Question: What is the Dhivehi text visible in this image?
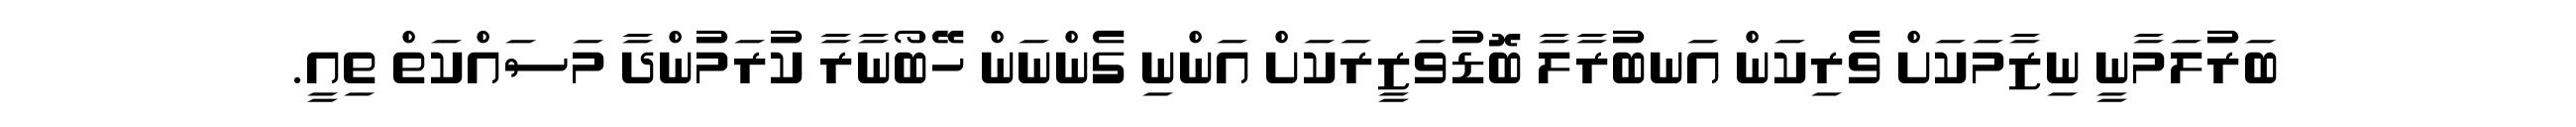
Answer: ބަރުލަމާނީ ނިޒާމަކަށް ވެރިކަން އަނބުރާލާ ބޮޑުވަޒީރަކަށް އަންނި ގެންނަން ހޭބޯނާރާ ކުރަމުންދާ މަސައްކަތް ތިއީ.